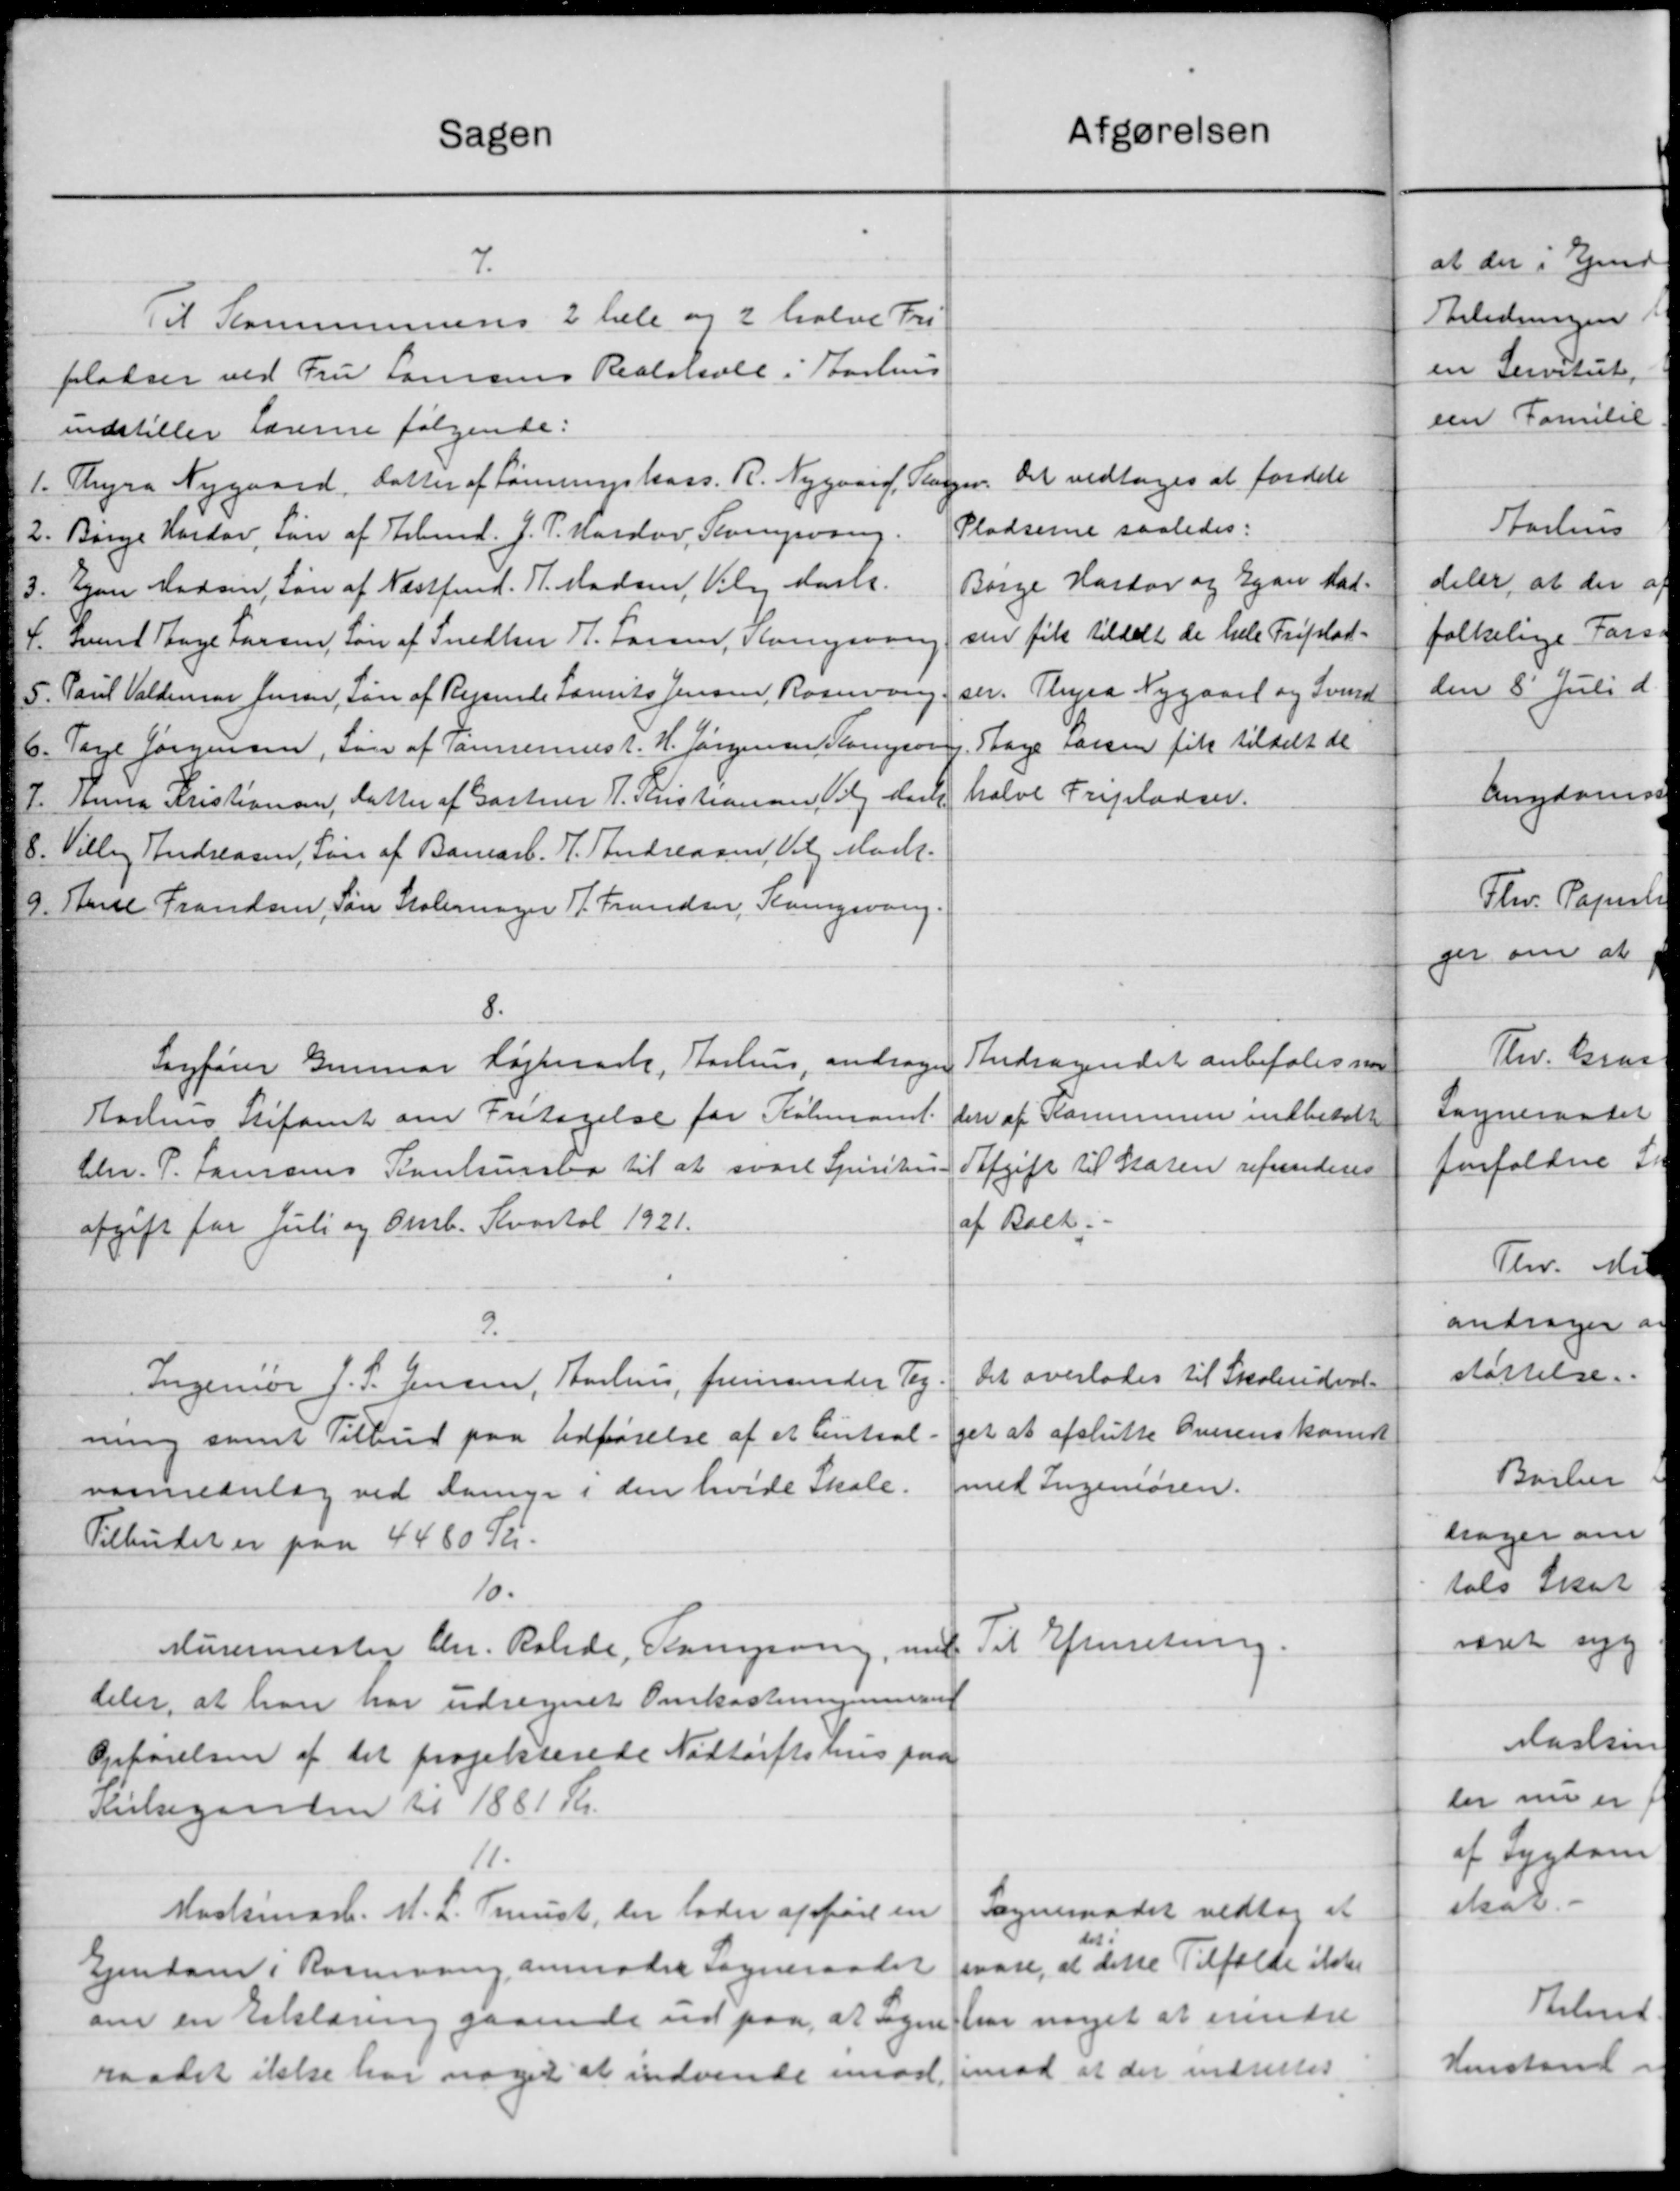
Transskription:
atgørelsen
Sagen
7.
Til Kommunens 2 hele og 2 halve Fri
pladser ved Fru Larsens Realskole i Aarhus
indstiller Lærerne følgende:
Det vedtoges at fordele
1. Thyra Nygaard, datter af Lønningshars. R. Nygaard, Slager.
Pladserne saaledes:
2. Børge Hardov, Løn af Arbmd. J. P. Marslev, Sigvang
Børge Hartov og Egaa Mad-
3. Egon Madsen, Løn af Næstfmd. P. Madsen, Vilg Aarh.
sen fik tildelt de helle Friplad-
4. Svend Thyge Larsen, Løn af Snedker H. Larsen, Kongevang
ser. Thyra Nygaard og Svend
5. Paul Valdemar Jensen, Løn af Rejsende Laurits Jensen, Rosning
Slage Larsen fik tiltalt de
6. Tage Jørgensen, Løn af Tømrermest. H. Jørgensen Kompon
halve Fripladser.
7. Anna Kristiansen, datter af Gartner P. Kristiansen, Valg Mark
8. Villig Andreasen, Søn af Banearb. P. Andreasen, Valg Mark.
G. Paul Frandsen, Søn Stolemager F. Frandsen, Karngsvang
8.
Andragendet anbefales s
Sagfører Gunnar Højmark, Aarhus, andrager
den af Kommunen indbetalt
Harlens Stiftamt om Fritagelse for Købmand
Afgift til Staten refunderes
Chr. P. Jansens Poulsenslaa til at svare Spiritus.
af Back.
afgift for Juli og Omb. Kvartal 1921.
9.
Det overlades til Skoleudval-
Ingeniør J. S. Jensen, Aarhus, fremsender Teg
get at afslutte Overenskom
ning samt Tilbud paa Udførelse af et Central-
med Ingeniøren.
varmeanlæg ved Lange i den hvide Skole.
Tilbudet er paa 4480 Kr.
10.
Til Efterretning.
Murermester Chr. Ralede, Slangsving, med
deler, at han har udregnet Omkostningen
Opførelsen af det projekterede Nødtørftshus paa
Kirkegaarden til 1881 Kr.
11.
Sogneraadet vedtog at
Maskinark. M. L. Trust, der lader af født en
svare, at dette Tilfælde ikke
Ejendom i Rasmusen anmoder Sogneraadet
har noget at erindre
om en Erklæring gaaende ud paa, at Sogne
imod at der indsettes
raadet ikke har noget at indvende imod.